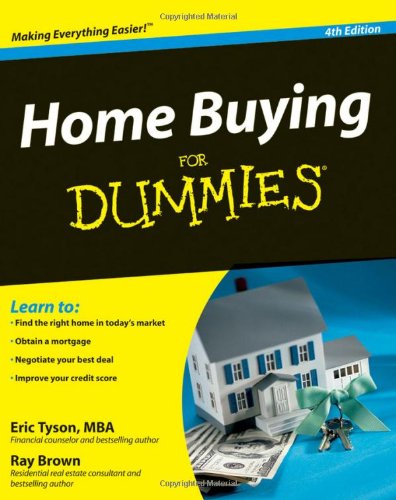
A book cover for Home Buying For Dummies, 4th Edition; Eric Tyson; Business & Money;